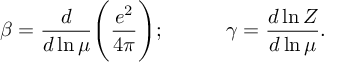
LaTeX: \beta = \frac { d } { d \ln \mu } \Bigg ( \frac { e ^ { 2 } } { 4 \pi } \Bigg ) ; \qquad \quad \gamma = \frac { d \ln Z } { d \ln \mu } .